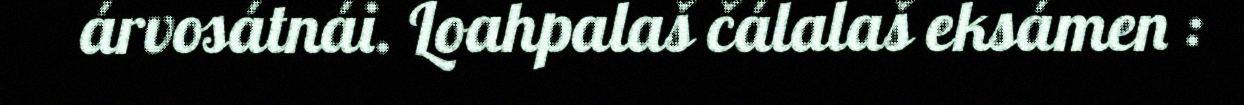
árvosátnái. Loahpalaš čálalaš eksámen :